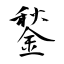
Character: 鍫